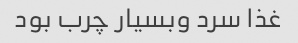
غذا سرد وبسیار چرب بود